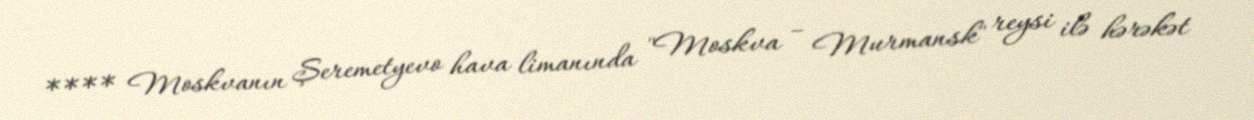
**** Moskvanın Şeremetyevo hava limanında "Moskva – Murmansk" reysi ilə hərəkət